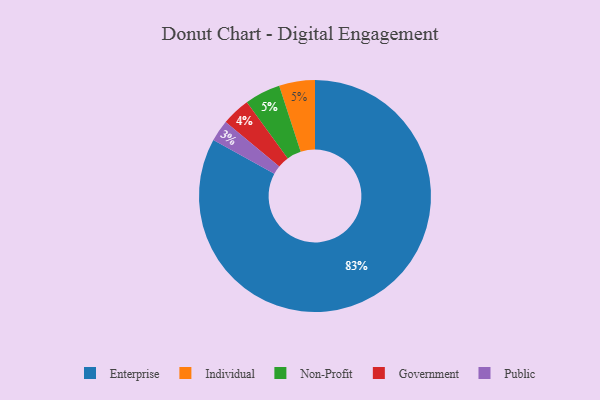
{"axis": {"x": "Category", "y": "Percentage"}, "legend": ["Enterprise", "Government", "Individual", "Non-Profit", "Public"], "data": [{"x": "Enterprise", "y": 83, "type": "Enterprise"}, {"x": "Public", "y": 3, "type": "Public"}, {"x": "Individual", "y": 5, "type": "Individual"}, {"x": "Non-Profit", "y": 5, "type": "Non-Profit"}, {"x": "Government", "y": 4, "type": "Government"}]}